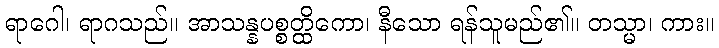
ရာဂေါ၊ ရာဂသည်။ အာသန္နပစ္စတ္ထိကော၊ နီသော ရန်သူမည်၏။ တသ္မာ၊ ကား။